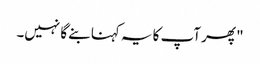
" پھر آپ کا یہ کہنا بنے گا نہیں۔